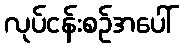
လုပ်ငန်းစဉ်အပေါ်